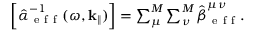
\begin{array} { r } { \left[ \hat { \boldsymbol { \alpha } } _ { \mathrm { ~ e ~ f ~ f ~ } } ^ { - 1 } ( \omega , \mathbf { k } _ { \| } ) \right] = \sum _ { \mu } ^ { M } \sum _ { \nu } ^ { M } \hat { \boldsymbol { { \beta } } } _ { \mathrm { ~ e ~ f ~ f ~ } } ^ { \mu \nu } . } \end{array}